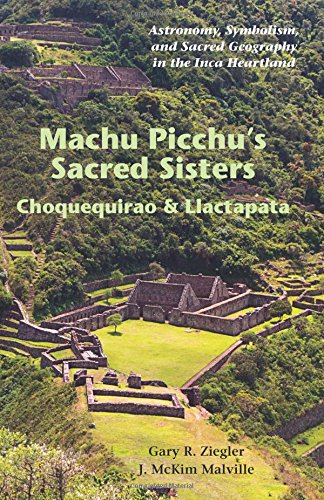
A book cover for Machu Picchu's Sacred Sisters: Choquequirao & Llactapata; Gary R. Ziegler; Travel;